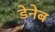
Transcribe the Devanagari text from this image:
डेनेब